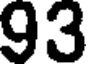
93